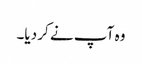
وہ آپ نے کر دیا۔